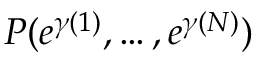
P ( e ^ { \gamma ( 1 ) } , \dots , e ^ { \gamma ( N ) } )